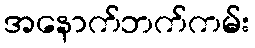
အနောက်ဘက်ကမ်း